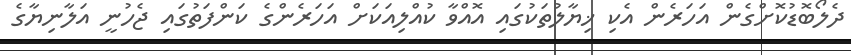
ދެލޯބޮޑުކޮށްގެން އަހަރެން އެކި ޚިޔާލުތަކުގައި އޮއްވާ ކުއްލިއަކަށް އަހަރެންގެ ކަންފަތުގައި ޖެހުނީ އަލާނިޔާގެ